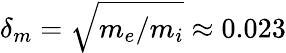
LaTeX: \delta_{m}=\sqrt{m_{e}/m_{i}}\approx 0.023